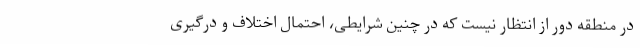
در منطقه دور از انتظار نیست که در چنین شرایطی، احتمال اختلاف و درگیری